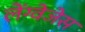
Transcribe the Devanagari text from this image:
लेंग्वेजेस